Indian journal of veterinary science and animal husbandry - Volume 3,
Year: 1933
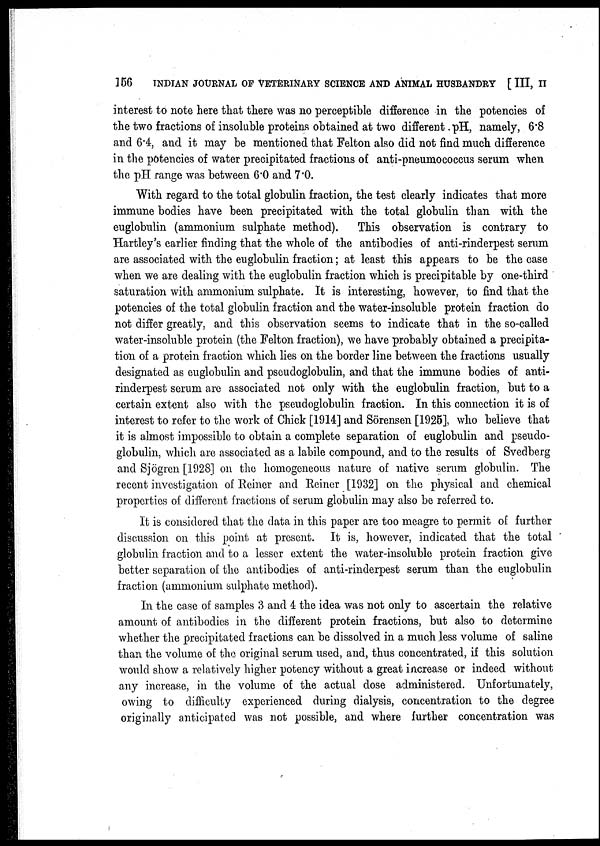
156
INDIAN JOURNAL OF VETERINARY SCIENCE AND ANIMAL HUSBANDRY [III, II
interest to note here that there was no perceptible difference in the potencies of
the two fractions of insoluble proteins obtained at two different pH, namely, 6.8
and 6.4, and it may be mentioned that Felton also did not find much difference
in the potencies of water precipitated fractions of anti-pneumococcus serum when
the pH range was between 6.0 and 7.0.
With regard to the total globulin fraction, the test clearly indicates that more
immune bodies have been precipitated with the total globulin than with the
euglobulin (ammonium sulphate method). This observation is contrary to
Hartley's earlier finding that the whole of the antibodies of anti-rinderpest serum
are associated with the euglobulin fraction; at least this appears to be the case
when we are dealing with the euglobulin fraction which is precipitable by one-third
saturation with ammonium sulphate. It is interesting, however, to find that the
potencies of the total globulin fraction and the water-insoluble protein fraction do
not differ greatly, and this observation seems to indicate that in the so-called
water-insoluble protein (the Felton fraction), we have probably obtained a precipita-
tion of a protein fraction which lies on the border line between the fractions usually
designated as euglobulin and pseudoglobulin, and that the immune bodies of anti-
rinderpest serum are associated not only with the euglobulin fraction, but to a
certain extent also with the pseudoglobulin fraction. In this connection it is of
interest to refer to the work of Chick [1914] and Sörensen [1925], who believe that
it is almost impossible to obtain a complete separation of euglobulin and pseudo-
globulin, which are associated as a labile compound, and to the results of Svedberg
and Sjögren [1928] on the homogeneous nature of native serum globulin. The
recent investigation of Reiner and Reiner [1932] on the physical and chemical
properties of different fractions of serum globulin may also be referred to.
It is considered that the data in this paper are too meagre to permit of further
discussion on this point at present. It is, however, indicated that the total
globulin fraction and to a lesser extent the water-insoluble protein fraction give
better separation of the antibodies of anti-rinderpest serum than the euglobulin
fraction (ammonium sulphate method).
In the case of samples 3 and 4 the idea was not only to ascertain the relative
amount of antibodies in the different protein fractions, but also to determine
whether the precipitated fractions can be dissolved in a much less volume of saline
than the volume of the original serum used, and, thus concentrated, if this solution
would show a relatively higher potency without a great increase or indeed without
any increase, in the volume of the actual dose administered. Unfortunately,
owing to difficulty experienced during dialysis, concentration to the degree
originally anticipated was not possible, and where further concentration was